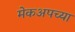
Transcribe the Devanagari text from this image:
मेकअपच्या